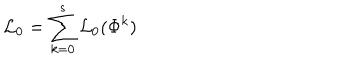
{ \cal L } _ { 0 } = \sum _ { k = 0 } ^ { s } { \cal L } _ { 0 } ( \Phi ^ { k } )